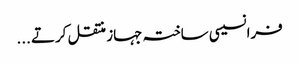
فرانسیسی ساختہ جہاز منتقل کرتے ...